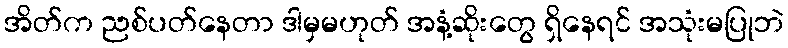
အိတ်က ညစ်ပတ်နေတာ ဒါမှမဟုတ် အနံ့ဆိုးတွေ ရှိနေရင် အသုံးမပြုဘဲ